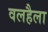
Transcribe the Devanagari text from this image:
वलहैला